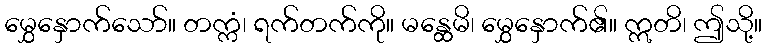
မွှေနှောက်သော်။ တက္ကံ၊ ရက်တက်ကို။ မန္ထေမိ၊ မွှေနှောက်၏။ ဣတိ၊ ဤသို့။